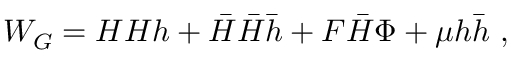
W _ { G } = H H h + \bar { H } \bar { H } \bar { h } + F \bar { H } \Phi + \mu h \bar { h } \ ,